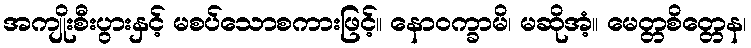
အကျိုးစီးပွားနှင့် မစပ်သောစကားဖြင့်။ နောဝက္ခာမိ၊ မဆိုအံ့။ မေတ္တစိတ္တေန၊